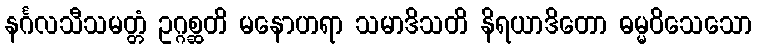
နင်္ဂလသီသမတ္တံ ဥဂ္ဂစ္ဆတိ မနောဟရာ သမာဒိသတိ နိရယာဒိတော ဓမ္မဝိသေသော